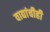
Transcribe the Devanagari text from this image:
वाद्यांचीही